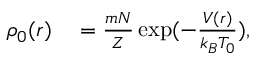
\begin{array} { r l } { \rho _ { 0 } ( \boldsymbol { r } ) } & { { } = \frac { m N } { Z } \exp ( - \frac { V ( \boldsymbol { r } ) } { k _ { B } T _ { 0 } } ) , } \end{array}